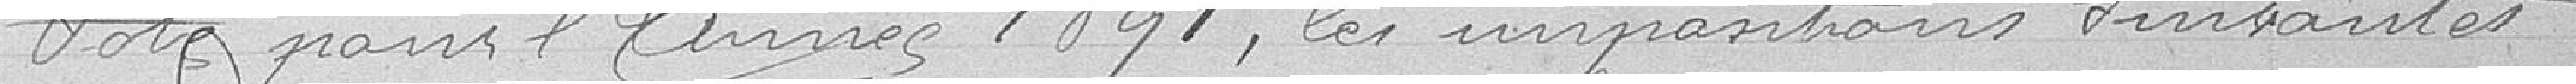
Vote pour l'année 1891, les impositions suivantes :